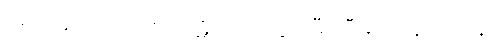
မေထုန်အကျင့်ကို။ ပဋိသေဝိတွာ၊ မှီဝဲပြီး၍။ ပုန၊ တဖန်။